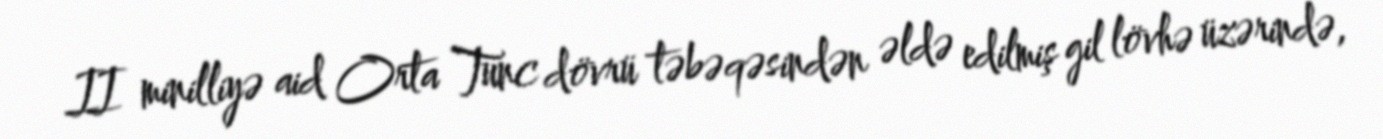
II minilliyə aid Orta Tunc dövrü təbəqəsindən əldə edilmiş gil lövhə üzərində,